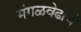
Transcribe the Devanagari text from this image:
मंगळवेढाचे